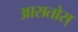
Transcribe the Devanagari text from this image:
आसतोस्